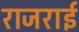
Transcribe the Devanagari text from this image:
राजराई